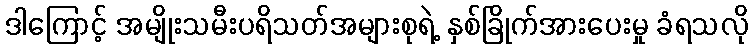
ဒါကြောင့် အမျိုးသမီးပရိသတ်အများစုရဲ့ နှစ်ခြိုက်အားပေးမှု ခံရသလို